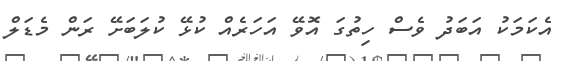
އެކަމަކު އަބަދު ވެސް ހިތުގަ އޮވޭ އަހަރެއް ކުޅޭ ކުލަބަށޭ ރަން މެޑަލް